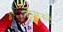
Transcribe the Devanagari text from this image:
होमस्टे